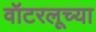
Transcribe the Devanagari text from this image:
वॉटरलूच्या